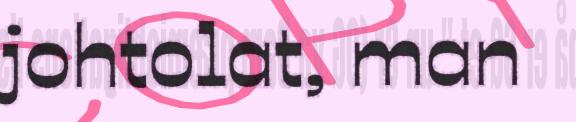
johtolat, man